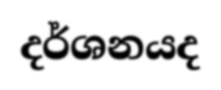
දර්ශනයද